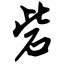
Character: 砦